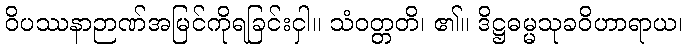
ဝိပဿနာဉာဏ်အမြင်ကိုရခြင်းငှါ။ သံဝတ္တတိ၊ ၏။ ဒိဋ္ဌဓမ္မသုခဝိဟာရာယ၊